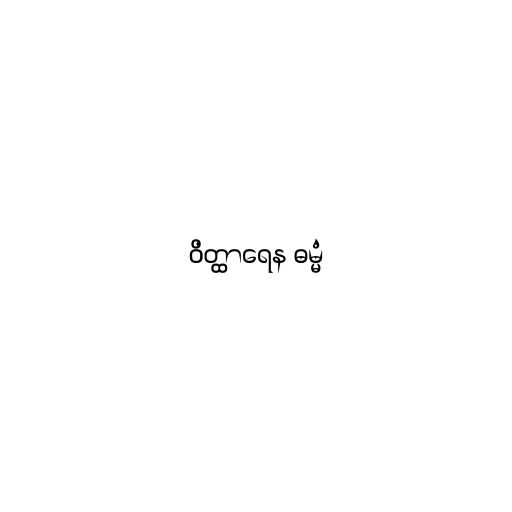
ဝိတ္ထာရေန ဓမ္မံ